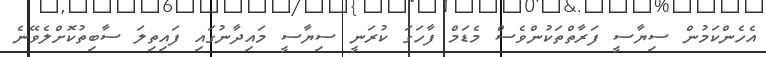
އެހެންކަމުން ސިޔާސީ ފަރާތްތަކުންވެސް މެޑަމް ފާހަގަ ކުރަނީ ސިޔާސީ މައިދާނުގައި ފައިތިލަ ސާބިތުކޮށްލެވޭނެ